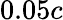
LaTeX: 0.05c